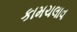
કામચલાવ